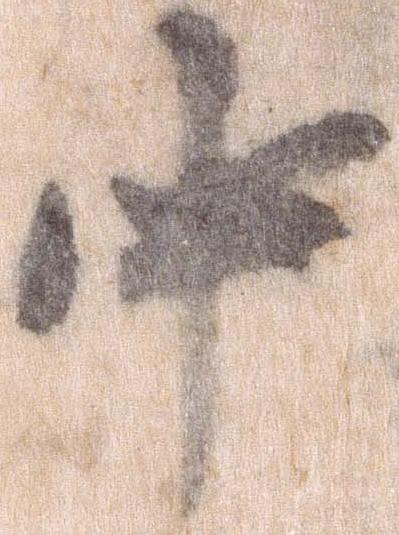
中